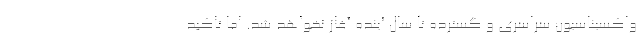
واکسیناسیون سراسری و گسترده تا سال آینده آغاز نخواهد شد. اما تاکید